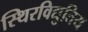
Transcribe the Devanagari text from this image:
स्थिरविद्युतिय